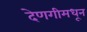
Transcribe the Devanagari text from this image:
देणगीमधून